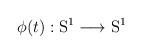
LaTeX: \begin{align*}\phi(t): \mathrm{S}^1 \longrightarrow \mathrm{S}^1\end{align*}